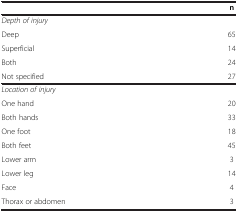
<table><thead><tr><td><b> </b></td><td><b>n</b></td></tr></thead><tbody><tr><td><i>Depth of injury</i></td><td> </td></tr><tr><td>Deep</td><td>65</td></tr><tr><td>Superficial</td><td>14</td></tr><tr><td>Both</td><td>24</td></tr><tr><td>Not specified</td><td>27</td></tr><tr><td><i>Location of injury</i></td><td> </td></tr><tr><td>One hand</td><td>20</td></tr><tr><td>Both hands</td><td>33</td></tr><tr><td>One foot</td><td>18</td></tr><tr><td>Both feet</td><td>45</td></tr><tr><td>Lower arm</td><td>3</td></tr><tr><td>Lower leg</td><td>14</td></tr><tr><td>Face</td><td>4</td></tr><tr><td>Thorax or abdomen</td><td>3</td></tr></tbody></table>